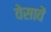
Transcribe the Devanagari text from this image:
वेसावें